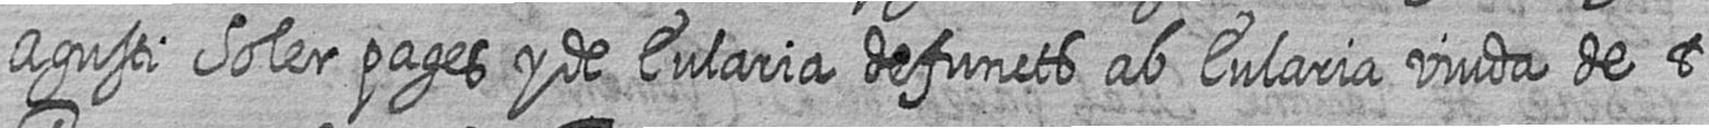
Agusti Soler pages y de Eularia defuncts ab Eularia viuda de t